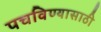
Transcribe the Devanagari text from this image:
पचविण्यासाठी